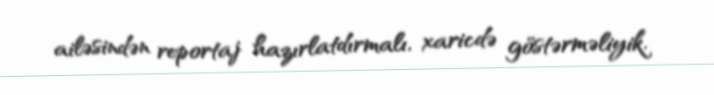
ailəsindən reportaj hazırlatdırmalı, xaricdə göstərməliyik.